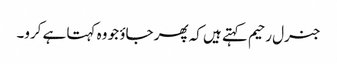
جنرل رحیم کہتے ہیں کہ پھر جاؤ جو وہ کہتا ہے کرو۔